Indian journal of veterinary science and animal husbandry - Volume 12,
Year: 1942
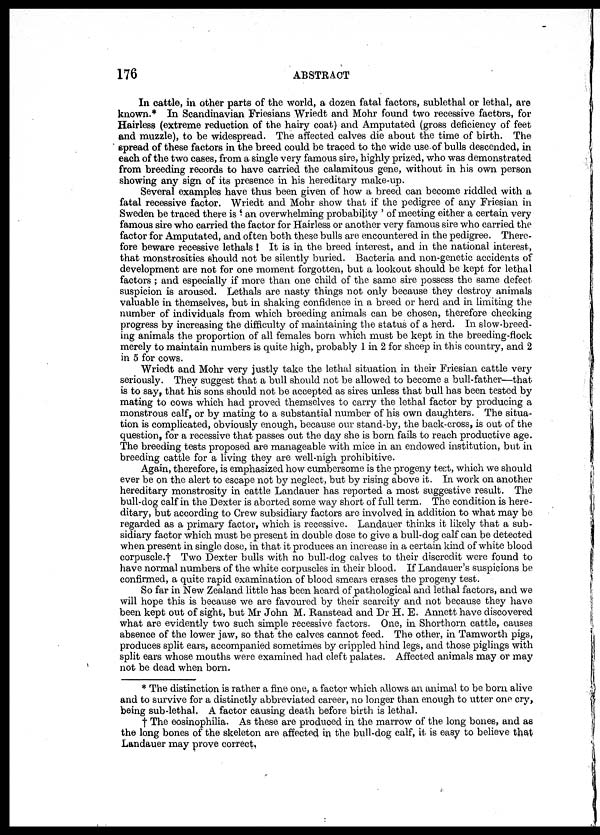
176
ABSTRACT
In cattle, in other parts of the world, a dozen fatal factors, sublethal or lethal, are
known.* In Scandinavian Friesians Wriedt and Mohr found two recessive factors, for
Hairless (extreme reduction of the hairy coat) and Amputated (gross deficiency of feet
and muzzle), to be widespread. The affected calves die about the time of birth. The
spread of these factors in the breed could be traced to the wide use of bulls descended, in
each of the two cases, from a single very famous sire, highly prized, who was demonstrated
from breeding records to have carried the calamitous gene, without in his own person
showing any sign of its presence in his hereditary make-up.
Several examples have thus been given of how a breed can become riddled with a
fatal recessive factor. Wriedt and Mohr show that if the pedigree of any Friesian in
Sweden be traced there is ' an overwhelming probability ' of meeting either a certain very
famous sire who carried the factor for Hairless or another very famous sire who carried the
factor for Amputated, and often both these bulls are encountered in the pedigree. There-
fore beware recessive lethals ! It is in the breed interest, and in the national interest,
that monstrosities should not be silently buried. Bacteria and non-genetic accidents of
development are not for one moment forgotten, but a lookout should be kept for lethal
factors ; and especially if more than one child of the same sire possess the same defect
suspicion is aroused. Lethals are nasty things not only because they destroy animals
valuable in themselves, but in shaking confidence in a breed or herd and in limiting the
number of individuals from which breeding animals can be chosen, therefore checking
progress by increasing the difficulty of maintaining the status of a herd. In slow-breed-
ing animals the proportion of all females born which must be kept in the breeding-flock
merely to maintain numbers is quite high, probably 1 in 2 for sheep in this country, and 2
in 5 for cows.
Wriedt and Mohr very justly take the lethal situation in their Friesian cattle very
seriously. They suggest that a bull should not be allowed to become a bull-father—that
is to say, that his sons should not be accepted as sires unless that bull has been tested by
mating to cows which had proved themselves to carry the lethal factor by producing a
monstrous calf, or by mating to a substantial number of his own daughters. The situa-
tion is complicated, obviously enough, because our stand-by, the back-cross, is out of the
question, for a recessive that passes out the day she is born fails to reach productive age.
The breeding tests proposed are manageable with mice in an endowed institution, but in
breeding cattle for a living they are well-nigh prohibitive.
Again, therefore, is emphasized how cumbersome is the progeny test, which we should
ever be on the alert to escape not by neglect, but by rising above it. In work on another
hereditary monstrosity in cattle Landauer has reported a most suggestive result. The
bull-dog calf in the Dexter is aborted some way short of full term. The condition is here-
ditary, but according to Crew subsidiary factors are involved in addition to what may be
regarded as a primary factor, which is recessive. Landauer thinks it likely that a sub-
sidiary factor which must be present in double dose to give a bull-dog calf can be detected
when present in single dose, in that it produces an increase in a certain kind of white blood
corpuscle.† Two Dexter bulls with no bull-dog calves to their discredit were found to
have normal numbers of the white corpuscles in their blood. If Landauer's suspicions be
confirmed, a quite rapid examination of blood smears erases the progeny test.
So far in New Zealand little has been heard of pathological and lethal factors, and we
will hope this is because we are favoured by their scarcity and not because they have
been kept out of sight, but Mr John M. Ranstead and Dr H. E. Annett have discovered
what are evidently two such simple recessive factors. One, in Shorthorn cattle, causes
absence of the lower jaw, so that the calves cannot feed. The other, in Tamworth pigs,
produces split ears, accompanied sometimes by crippled hind legs, and those piglings with
split ears whose mouths were examined had cleft palates. Affected animals may or may
not be dead when born.
* The distinction is rather a fine one, a factor which allows an animal to be born alive
and to survive for a distinctly abbreviated career, no longer than enough to utter one cry,
being sub-lethal. A factor causing death before birth is lethal.
† The eosinophilia. As these are produced in the marrow of the long bones, and as
the long bones of the skeleton are affected in the bull-dog calf, it is easy to believe that
Landauer may prove correct.